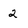
Character: 2